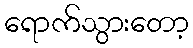
ရောက်သွားတော့